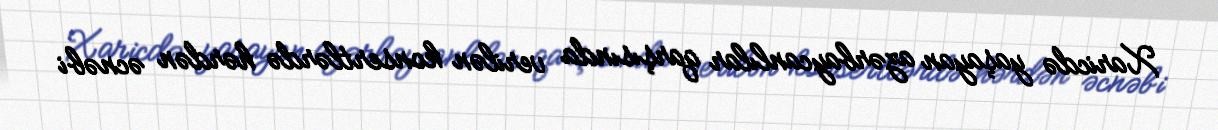
Xaricdə yaşayan azərbaycanlılar qarşısında verilən konsertlərdə hərdən əcnəbi